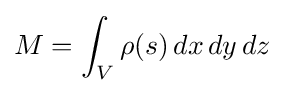
M=\int _{V}\rho (s)\,dx\,dy\,dz